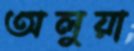
অলুয়া